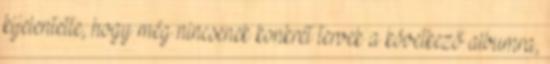
kijelentette, hogy még nincsenek konkrét tervek a következő albumra,